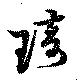
琦